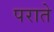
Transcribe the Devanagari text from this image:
पराते